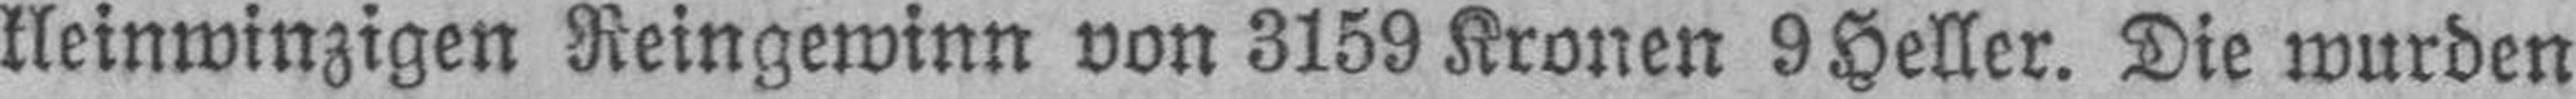
kleinwinzigen Reingewinn von 3159 Kronen 9 Heller. Die wurden